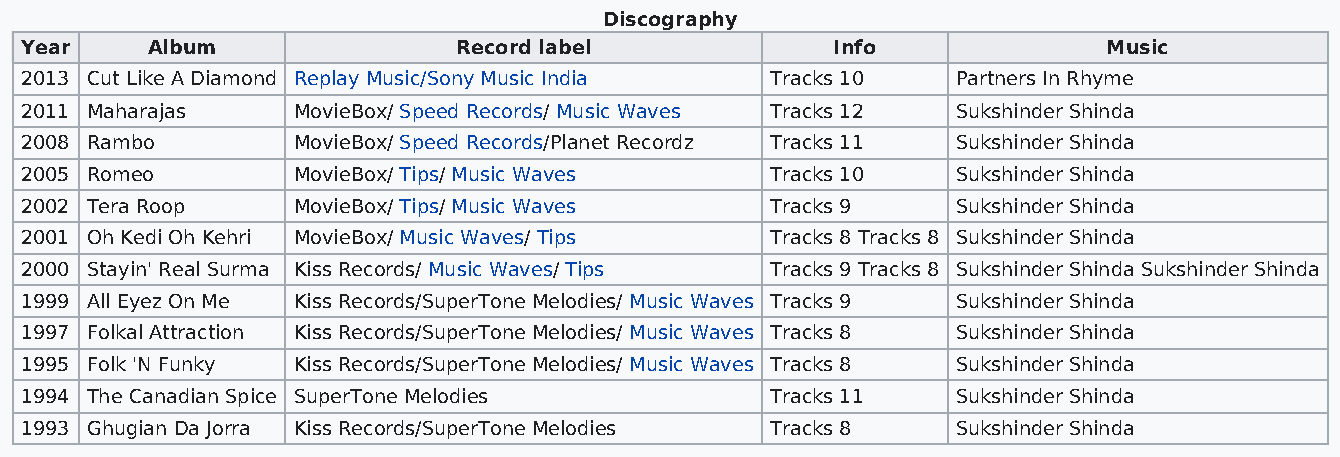
Discography
 Year     Album               Record label             Info              Music
 2013 Cut Like A Diamond Replay Music/Sony Music India Tracks 10 Partners In Rhyme
 2011 Maharajas    MovieBox/ Speed Records/ Music Waves Tracks 12 Sukshinder Shinda
 2008 Rambo        MovieBox/ Speed Records/Planet Recordz Tracks 11 Sukshinder Shinda
 2005 Romeo        MovieBox/ Tips/ Music Waves     Tracks 10   Sukshinder Shinda
 2002 Tera Roop    MovieBox/ Tips/ Music Waves     Tracks 9    Sukshinder Shinda
 2001 Oh Kedi Oh Kehri MovieBox/ Music Waves/ Tips Tracks 8 Tracks 8 Sukshinder Shinda
 2000 Stayin' Real Surma Kiss Records/ Music Waves/ Tips Tracks 9 Tracks 8 Sukshinder Shinda Sukshinder Shinda
 1999 All Eyez On Me Kiss Records/SuperTone Melodies/ Music Waves Tracks 9 Sukshinder Shinda
 1997 Folkal Attraction Kiss Records/SuperTone Melodies/ Music Waves Tracks 8 Sukshinder Shinda
 1995 Folk 'N Funky Kiss Records/SuperTone Melodies/ Music Waves Tracks 8 Sukshinder Shinda
 1994 The Canadian Spice SuperTone Melodies        Tracks 11   Sukshinder Shinda
 1993 Ghugian Da Jorra Kiss Records/SuperTone Melodies Tracks 8 Sukshinder Shinda